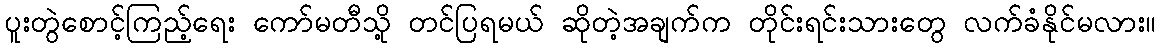
ပူးတွဲစောင့်ကြည့်ရေး ကော်မတီသို့ တင်ပြရမယ် ဆိုတဲ့အချက်က တိုင်းရင်းသားတွေ လက်ခံနိုင်မလား။